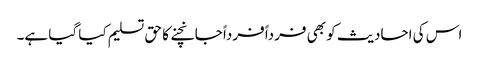
اس کی احادیث کو بھی فرداً فرداً جانچنے کا حق تسلیم کیا گیا ہے۔